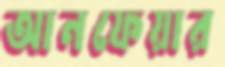
আনফেয়ার